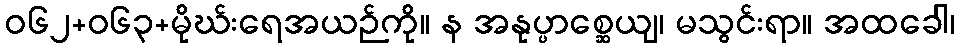
ဝ၆၂+၀၆၃+မိုဃ်းရေအယဉ်ကို။ န အနုပ္ပာစ္ဆေယျ၊ မသွင်းရာ။ အထခေါ၊